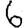
Digit: 6